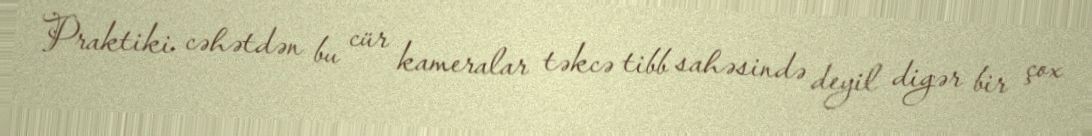
Praktiki cəhətdən bu cür kameralar təkcə tibb sahəsində deyil digər bir çox